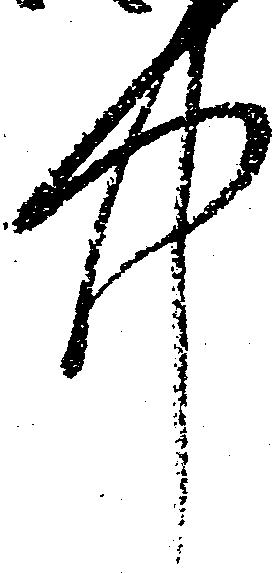
中